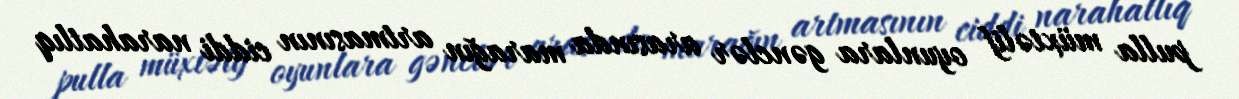
pulla müxtəlif oyunlara gənclər arasında marağın artmasının ciddi narahatlıq